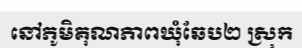
នៅភូមិគុណភាពឃុំឆែប២ ស្រុក